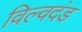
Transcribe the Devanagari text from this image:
विल्वदंड